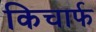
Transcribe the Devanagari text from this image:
किचार्फ